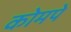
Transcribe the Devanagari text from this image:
कोमपे